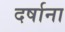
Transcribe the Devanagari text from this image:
दर्षाना